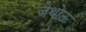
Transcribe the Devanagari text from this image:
जेथोऊ